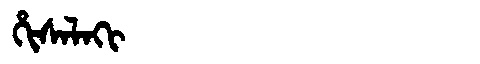
Manchu: ᡥᡳᠰᠠᠯᠠᡴᡳ
Romanization: HISALAKI